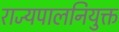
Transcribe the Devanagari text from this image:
राज्यपालनियुक्त